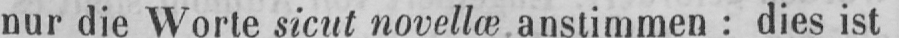
nur die Worte sicut novellæ; anstimmen: dies ist